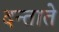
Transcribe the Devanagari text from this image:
दन्ताते